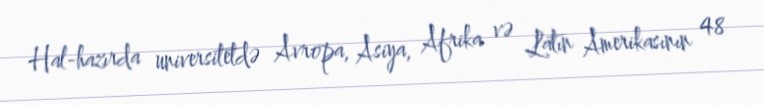
Hal-hazırda universitetdə Avropa, Asiya, Afrika və Latın Amerikasının 48